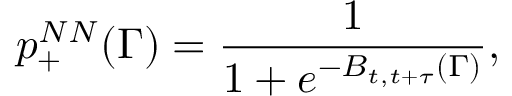
p _ { + } ^ { N N } ( \Gamma ) = \frac { 1 } { 1 + e ^ { - B _ { t , t + \tau } ( \Gamma ) } } ,